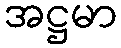
အဋ္ဌမာ